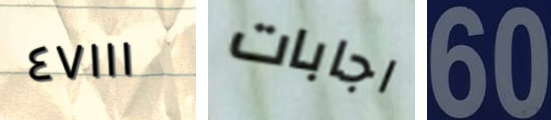
٤٧١١١ اجابات 60